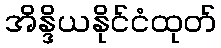
အိန္ဒိယနိုင်ငံထုတ်